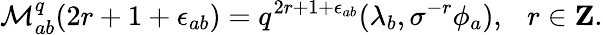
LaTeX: \mathcal{M}_{ab}^{q}(2r+1+\epsilon_{ab})=q^{2r+1+\epsilon_{ab}}(\lambda_{b},\sigma^{-r}\phi_{a}),\ \ \ r\in{\mathbf{Z}}.